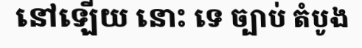
នៅឡើយ នោះ ទេ ច្បាប់ តំបូង